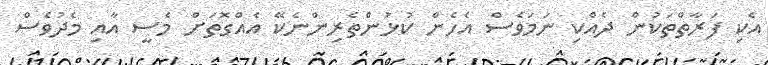
އެކި ފަރާތްތަކުން ދެއްކި ނަމަވެސް އެހެން ކުޅުންތެރިންނެކޭ އެއްގޮތަށް މެސީ އާއި މެދުވެސް